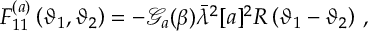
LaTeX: F _ { 1 1 } ^ { ( a ) } \left( \vartheta _ { 1 } , \vartheta _ { 2 } \right) = - \mathcal { G } _ { a } ( \beta ) \bar { \lambda } ^ { 2 } [ a ] ^ { 2 } R \left( \vartheta _ { 1 } - \vartheta _ { 2 } \right) \, ,